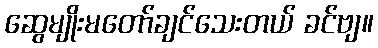
ဆွေမျိုးမတော်ချင်သေးတယ် ခင်ဗျ။